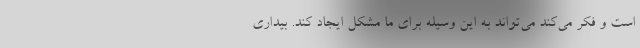
است و فکر می‌کند می‌تواند به این وسیله برای ما مشکل ایجاد کند. بیداری